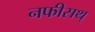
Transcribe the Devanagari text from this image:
नफीसथ्